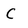
Character: C